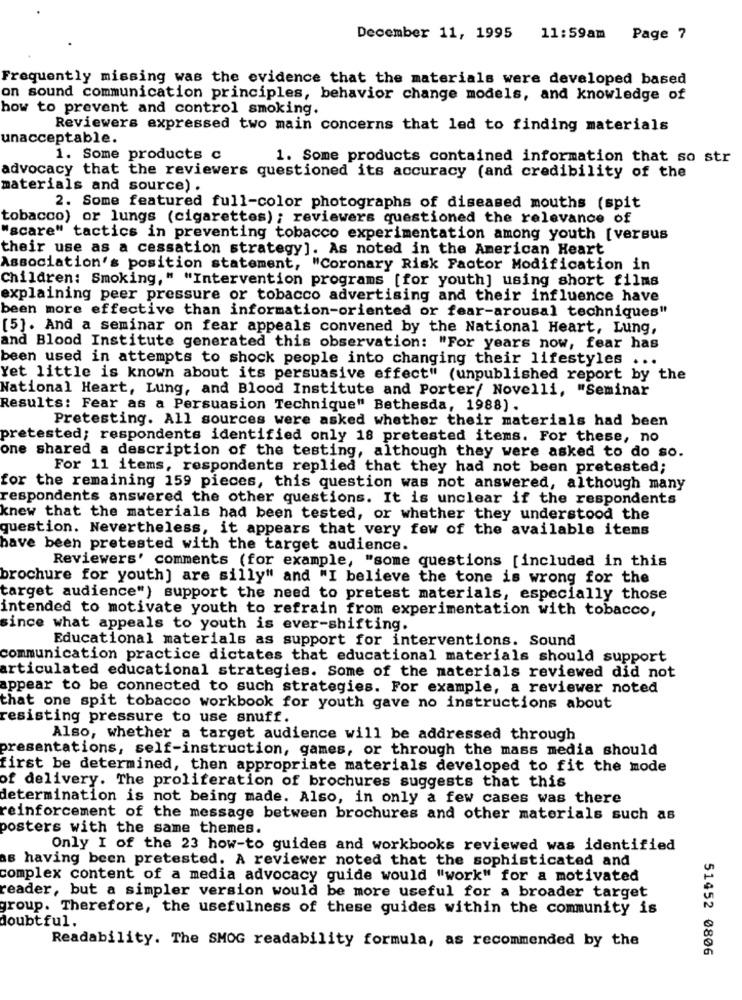
December 11, 1995
11:59am
Page 7
Frequently missing was the evidence that the materials were developed based
on sound communication principles, behavior change models, and knowledge of
how to prevent and control smoking.
Reviewers expressed two main concerns that led to finding materials
unacceptable.
1. Some products c
1. Some products contained information that so str
advocacy that the reviewers questioned its accuracy (and credibility of the
materials and source) .
2. Some featured full-color photographs of diseased mouths (spit
tobacco) or lungs (cigarettes) ; reviewers questioned the relevance of
"scare" tactics in preventing tobacco experimentation among youth [versus
their use as a cessation strategy]. As noted in the American Heart
Association's position statement, "Coronary Risk Factor Modification in
Children: Smoking," "Intervention programs [for youth] using short films
explaining peer pressure or tobacco advertising and their influence have
been more effective than information-oriented or fear-arousal techniques"
[5]. And a seminar on fear appeals convened by the National Heart, Lung,
and Blood Institute generated this observation: "For years now, fear has
been used in attempts to shock people into changing their lifestyles ...
Yet little is known about its persuasive effect" (unpublished report by the
National Heart, Lung, and Blood Institute and Porter/ Novelli, "Seminar
Results: Fear as a Persuasion Technique" Bethesda, 1988).
Pretesting. All sources were asked whether their materials had been
pretested; respondents identified only 18 pretested items. For these, no
one shared a description of the testing, although they were asked to do so.
For 11 items, respondents replied that they had not been pretested;
for the remaining 159 pieces, this question was not answered, although many
respondents answered the other questions. It is unclear if the respondents
knew that the materials had been tested, or whether they understood the
question. Nevertheless, it appears that very few of the available items
have been pretested with the target audience.
Reviewers' comments (for example, "some questions [included in this
brochure for youth] are silly" and "I believe the tone is wrong for the
target audience") support the need to pretest materials, especially those
intended to motivate youth to refrain from experimentation with tobacco,
since what appeals to youth is ever-shifting.
Educational materials as support for interventions. Sound
communication practice dictates that educational materials should support
articulated educational strategies. Some of the materials reviewed did not
appear to be connected to such strategies. For example, a reviewer noted
that one spit tobacco workbook for youth gave no instructions about
resisting pressure to use snuff.
Also, whether a target audience will be addressed through
presentations, self-instruction, games, or through the mass media should
first be determined, then appropriate materials developed to fit the mode
of delivery. The proliferation of brochures suggests that this
determination is not being made. Also, in only a few cases was there
reinforcement of the message between brochures and other materials such as
posters with the same themes.
Only I of the 23 how-to guides and workbooks reviewed was identified
as having been pretested. A reviewer noted that the sophisticated and
complex content of a media advocacy guide would "work" for a motivated
reader, but a simpler version would be more useful for a broader target
group. Therefore, the usefulness of these guides within the community is
doubtful.
Readability. The SMOG readability formula, as recommended by the
51452 0806